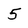
Character: 5